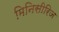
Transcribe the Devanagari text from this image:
मिनिसीरिज